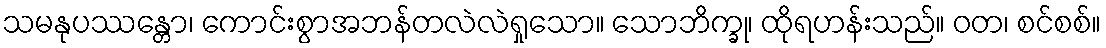
သမနုပဿန္တော၊ ကောင်းစွာအဘန်တလဲလဲရှုသော။ သောဘိက္ခု၊ ထိုရဟန်းသည်။ ဝတ၊ စင်စစ်။